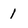
Character: 1